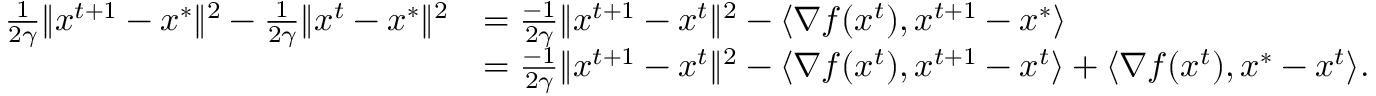
\begin{array} { r l } { \frac { 1 } { 2 \gamma } \Vert x ^ { t + 1 } - x ^ { * } \Vert ^ { 2 } - \frac { 1 } { 2 \gamma } \Vert x ^ { t } - x ^ { * } \Vert ^ { 2 } } & { = \frac { - 1 } { 2 \gamma } \Vert x ^ { t + 1 } - x ^ { t } \Vert ^ { 2 } - \langle \nabla f ( x ^ { t } ) , x ^ { t + 1 } - x ^ { * } \rangle } \\ & { = \frac { - 1 } { 2 \gamma } \Vert x ^ { t + 1 } - x ^ { t } \Vert ^ { 2 } - \langle \nabla f ( x ^ { t } ) , x ^ { t + 1 } - x ^ { t } \rangle + \langle \nabla f ( x ^ { t } ) , x ^ { * } - x ^ { t } \rangle . } \end{array}